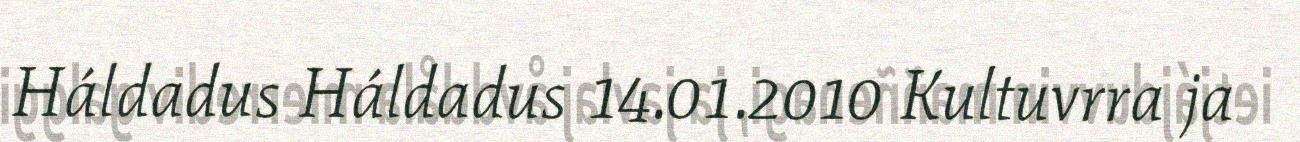
Háldadus Háldadus 14.01.2010 Kultuvrra ja